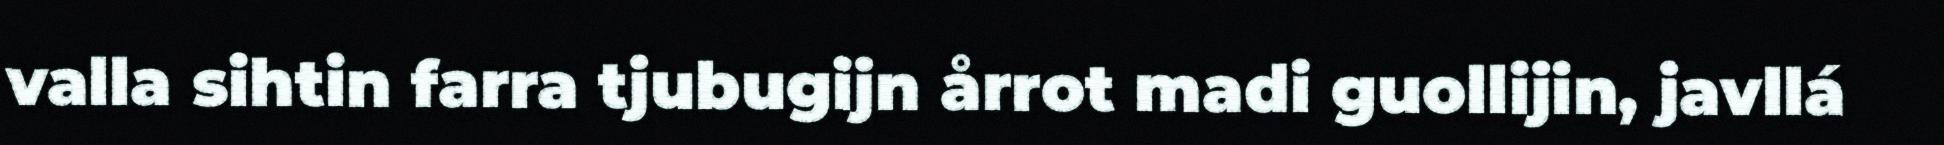
valla sihtin farra tjubugijn årrot madi guollijin, javllá